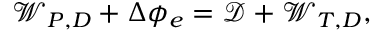
\mathcal { W } _ { P , D } + \Delta \phi _ { e } = \mathcal { D } + \mathcal { W } _ { T , D } ,